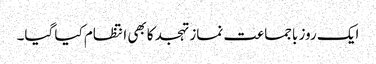
ایک روز باجماعت نماز تہجد کابھی انتظام کیا گیا۔